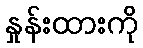
နှုန်းထားကို